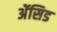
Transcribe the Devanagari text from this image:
ॲेसिड